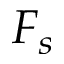
F _ { s }